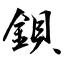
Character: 鋇